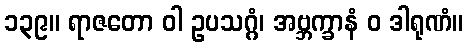
၁၃၉။ ရာဇတော ဝါ ဥပသဂ္ဂံ၊ အဗ္ဘက္ခာနံ ဝ ဒါရုဏံ။